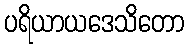
ပရိယာယဒေသိတော